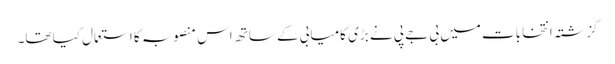
گزشتہ انتخابات میں بی جے پی نے بڑی کامیابی کے ساتھ اس منصوبہ کا استعمال کیا تھا۔